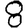
Digit: 8